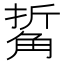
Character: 𧣯